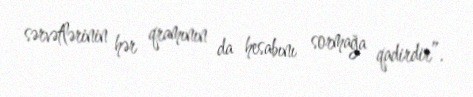
sərvətlərinin hər qramının da hesabını sormağa qadirdir”.